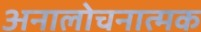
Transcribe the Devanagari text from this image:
अनालोचनात्मक